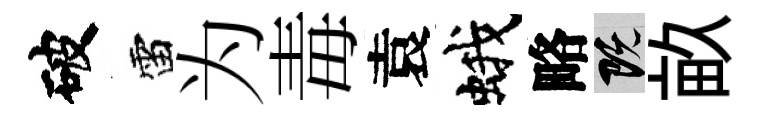
破雷为毒袁蛾略既畝